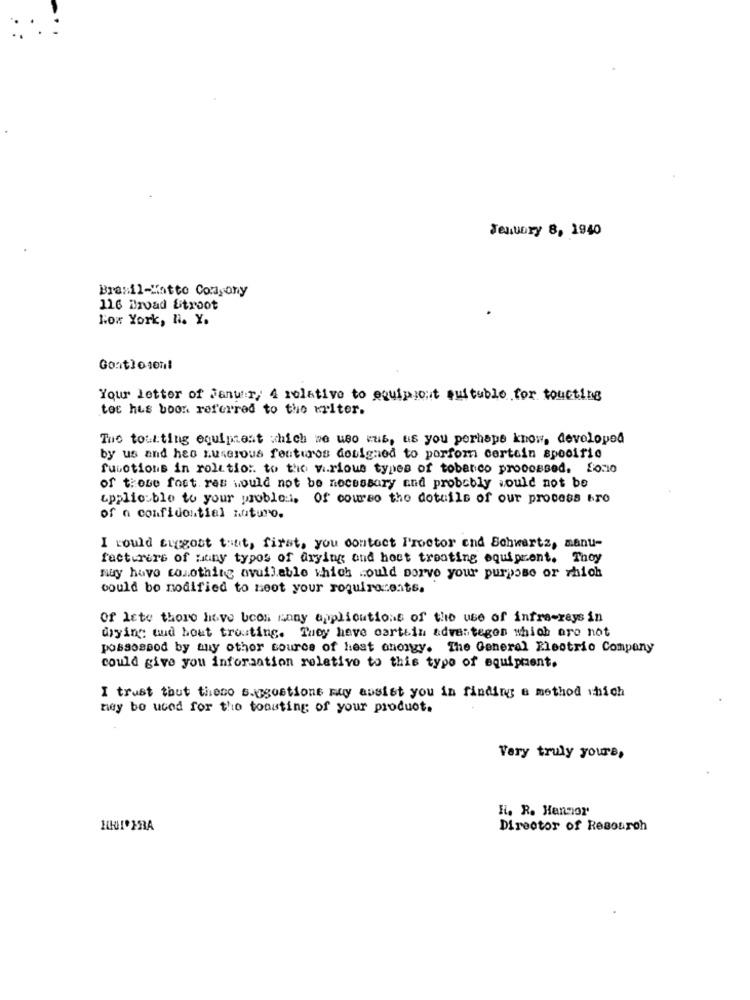
Jeutory 8, 1940
Brasil-Lotto Conyony
116 Broad Stroot
low York, N. Y.
Gontloson!
Your letter of Janu:r/ 4 relative to equipjout suitable for toucting
tes hus boon referred to the writer.
The toutting equipment which we uso cub, us you perhope know, developed
by us and heo Kuserous fenturos dosigned to porfom certain specific
functions in rolttio :. to the various types of tobanco processed. $0.1o
of those foet. ras would not be necessary and probably would not be
Applicable to your proble:i, Of course the dotuils of our process bro
of n confidential nuturo.
I could tuggost tant, first, you contoct Proctor end Schwartz, manu-
facturers of Huny typos of drying and host treating equipront. Thoy
may have tonothing available which could porve your purpose or which
could be modified to meet your roquiracents.
Of lite there have been many applications of the use of infre-raysin
drying nud hout trouting. They have cartein adventegen which are not
possospod by any other source of hest ahogy. The General Electric Company
could give you information relative to this type of equipment.
I trust that these sugestions may assist you in finding a method which
ney bo used for the toasting of your product.
Very truly yours,
Hi. R. Hannor
Director of Resourch